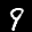
Label: 9